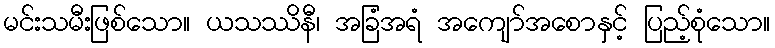
မင်းသမီးဖြစ်သော။ ယသဿိနီ၊ အခြံအရံ အကျော်အစောနှင့် ပြည့်စုံသော။